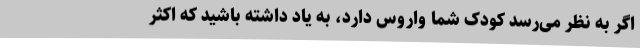
اگر به نظر می‌رسد کودک شما واروس دارد، به یاد داشته باشید که اکثر